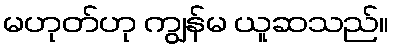
မဟုတ်ဟု ကျွန်မ ယူဆသည်။